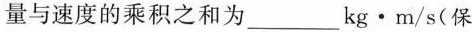
量与速度的乘积之和为___kg·m/s(保